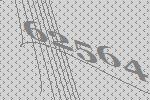
62564